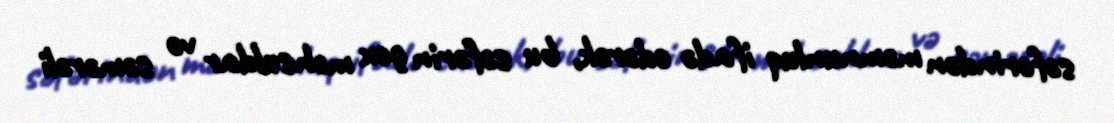
səfərindən məmnunluq ifadə edərək, bu səfərin çox məhsuldar və səmərəli